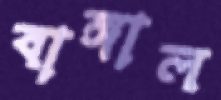
বাঙ্গাল